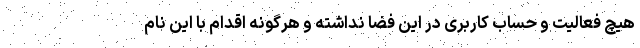
هیچ فعالیت و حساب کاربری در این فضا نداشته و هرگونه اقدام با این نام